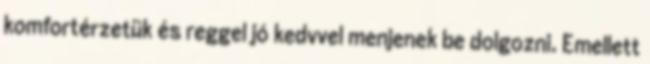
komfortérzetük és reggel jó kedvvel menjenek be dolgozni. Emellett